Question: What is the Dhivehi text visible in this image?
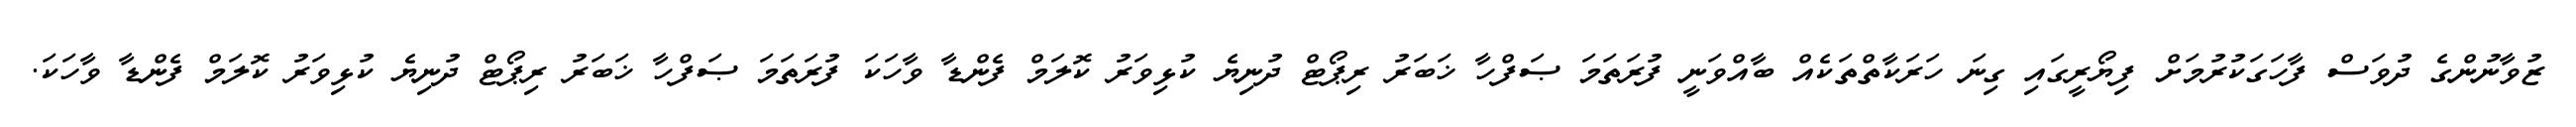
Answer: ޒުވާނުންގެ ދުވަސް ފާހަގަކުރުމަށް ފިޔޯރީގައި ގިނަ ހަރަކާތްތަކެއް ބާއްވަނީ ފުރަތަމަ ޞަފްހާ ޚަބަރު ރިޕޯޓް ދުނިޔެ ކުޅިވަރު ކޮލަމް ފެންޑާ ވާހަކަ ފުރަތަމަ ޞަފްހާ ޚަބަރު ރިޕޯޓް ދުނިޔެ ކުޅިވަރު ކޮލަމް ފެންޑާ ވާހަކަ.